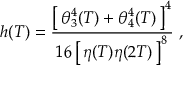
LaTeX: h ( T ) = \frac { \left[ \, \theta _ { 3 } ^ { 4 } ( T ) + \theta _ { 4 } ^ { 4 } ( T ) \, \right] ^ { 4 } } { 1 6 \left[ \, \eta ( T ) \eta ( 2 T ) \, \right] ^ { 8 } } \ ,